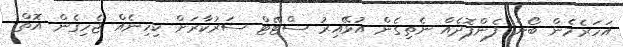
އަހަރެމެން ބޯނެ ފެންފޮދެއް ނެތިގެން އުޅޭއިރު ސްޓޭޓް ސަރުކާރަށް ކިހިނެއް ޖެހިގެން އޮތް